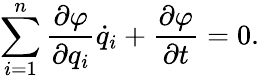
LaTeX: \sum_{i=1}^{n}\frac{\partial\varphi}{\partial q_{i}}\dot{q}_{i}+\frac{\partial\varphi}{\partial t}=0{.}